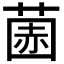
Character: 𫈽